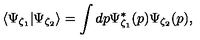
\langle \Psi _ { \zeta _ { 1 } } | \Psi _ { \zeta _ { 2 } } \rangle = \int d p \Psi _ { \zeta _ { 1 } } ^ { * } ( p ) \Psi _ { \zeta _ { 2 } } ( p ) ,